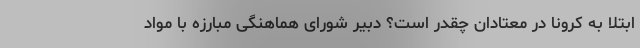
ابتلا به کرونا در معتادان چقدر است؟ دبیر شورای هماهنگی مبارزه با مواد